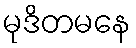
မုဒိတမနေ